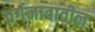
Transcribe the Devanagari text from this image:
वर्गनावातील